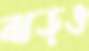
ঝড়ও